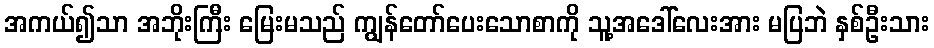
အကယ်၍သာ အဘိုးကြီး မြေးမသည် ကျွန်တော်ပေးသောစာကို သူ့အဒေါ်လေးအား မပြဘဲ နှစ်ဦးသား